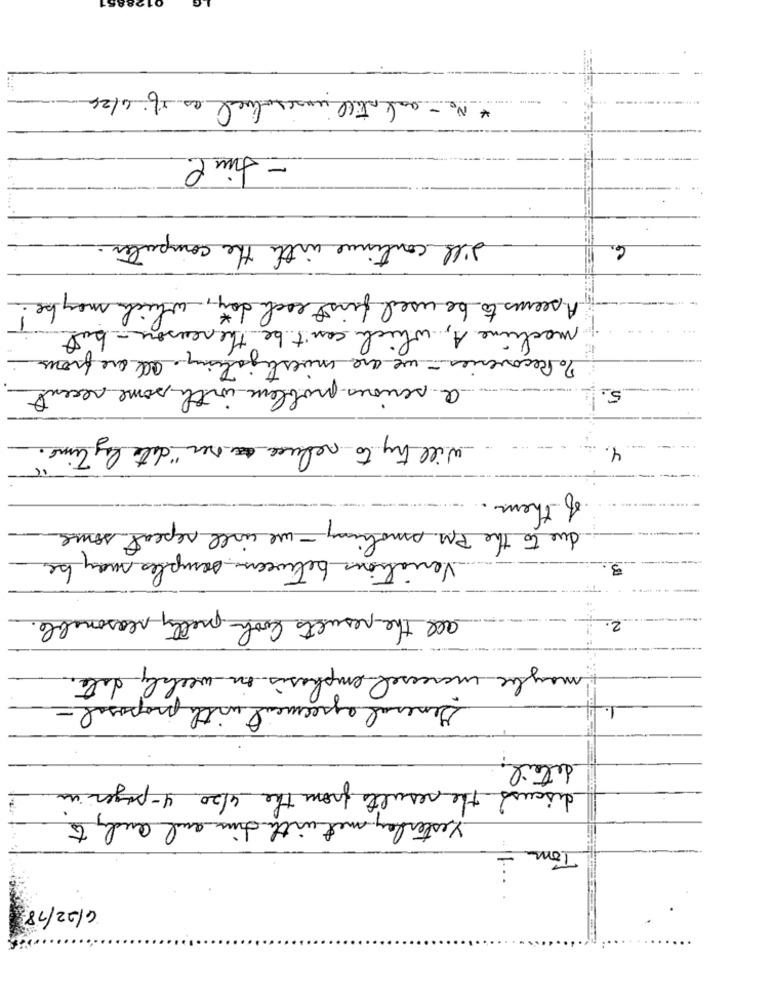
* No - and still inscrobucal ao 18. 6/26
- time.
dill continue with the computer.
6.
A seems to be used first each day, which may be
machine A, which can't be the reason- but
70 Recoveries - we are investigating. all are four
a serious problem with some recent
5.
will try to reduce ser " date by time.
4.
of them ..
due to the PM smoking - we will repeat some
Variations between samples may be
3
all the results look pretty reasonable.
2.
maybe increased emphasis on weekly date.
General agreement with proposal -
detail.
discuss the results from the 4/20 4 - pager in
yesterday met with time and andy to
Tom
4/02/18